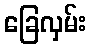
ခြေလှမ်း